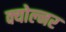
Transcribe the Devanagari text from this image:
क्योल्नर